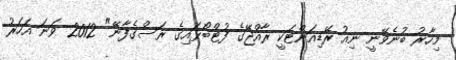
މިހާރު ބުނެވޭނީ ނިއު ރޭޑިއަންޓަކީ ރާއްޖޭގެ ފުޓްބޯޅައިގެ ރަސްގެފާނޭ" 2012 ވަނަ އަހަރު